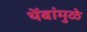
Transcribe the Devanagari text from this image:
थेंबांमुळे